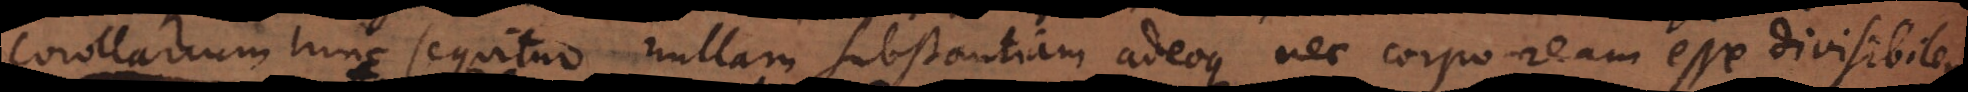
m. Hinc sequitur nullam substantiam adeoque nec corpoream esse divisibilem.